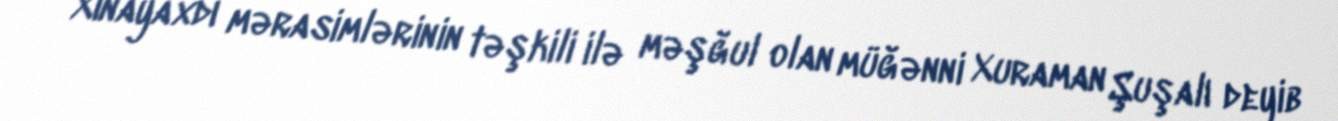
Xınayaxdı mərasimlərinin təşkili ilə məşğul olan müğənni Xuraman Şuşalı deyib